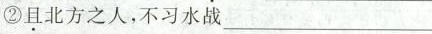
\underset{·}{且}北方之人，不习水战___